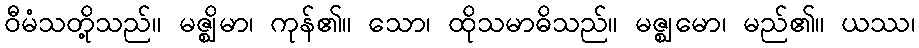
ဝီမံသတို့သည်။ မဇ္ဈိမာ၊ ကုန်၏။ သော၊ ထိုသမာဓိသည်။ မဇ္ဈမော၊ မည်၏။ ယဿ၊